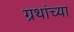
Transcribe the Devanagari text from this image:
ग्रथांच्या